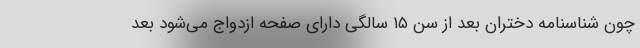
چون شناسنامه دختران بعد از سن ۱۵ سالگی دارای صفحه ازدواج می‌شود بعد